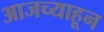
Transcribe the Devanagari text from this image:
आजच्याहून